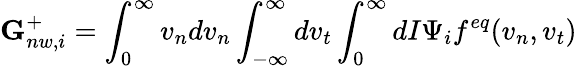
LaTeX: \textbf{G}_{nw,i}^{+}=\int_{0}^{\infty}v_{n}dv_{n}\int_{-\infty}^{\infty}dv_{t}\int_{0}^{\infty}dI\Psi_{i}f^{eq}(v_{n},v_{t})